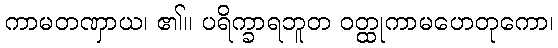
ကာမတဏှာယ၊ ၏။ ပရိက္ခာရဘူတ ဝတ္ထုကာမဟေတုကော၊